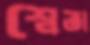
শ্বেতা